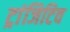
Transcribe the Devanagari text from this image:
ट्रांजिटिव